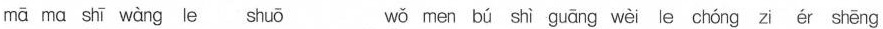
mā ma shī wàng le shuō wǒ men bú shì guāng wèi le chóng zi ér shēng